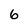
Character: 6